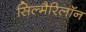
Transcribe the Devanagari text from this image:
सिल्मैरिलॉन